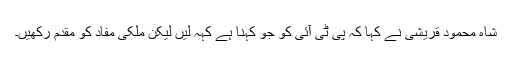
شاہ محمود قریشی نے کہا کہ پی ٹی آئی کو جو کہنا ہے کہہ لیں لیکن ملکی مفاد کو مقدم رکھیں۔